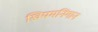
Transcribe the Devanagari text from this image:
खियमनिंगान